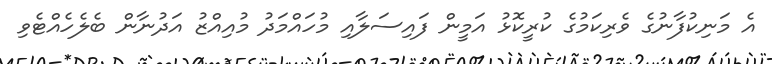
އެ މަނިކުފާނުގެ ވެރިކަމުގެ ކުރީކޮޅު އަމީން ފައިސަލާއި މުހައްމަދު މުއިއްޒު އަދުނާން ބެލެހެއްޓެވި